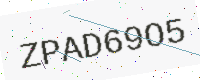
Text: ZPAD69O5